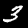
Digit: 3